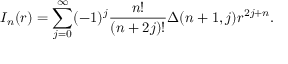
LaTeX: I _ { n } ( r ) = \sum _ { j = 0 } ^ { \infty } ( - 1 ) ^ { j } \frac { n ! } { ( n + 2 j ) ! } \Delta ( n + 1 , j ) r ^ { 2 j + n } .